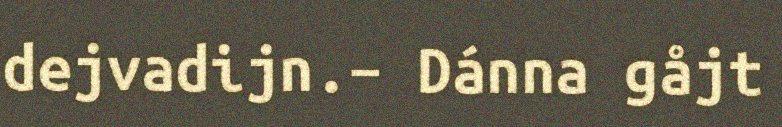
dejvadijn.– Dánna gåjt